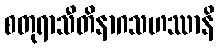
စတုရာသီတိနာဂသဟဿာနိ